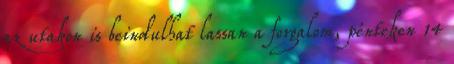
az utakon is beindulhat lassan a forgalom, pénteken 14